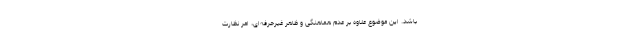
باشد. این موضوع علاوه بر عدم هماهنگی و ظاهر غیرحرفه‌ای، امر نظارت